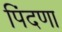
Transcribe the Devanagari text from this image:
पिंदणा